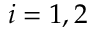
i = 1 , 2